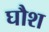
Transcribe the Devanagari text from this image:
घौश